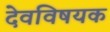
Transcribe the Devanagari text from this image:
देवविषयक